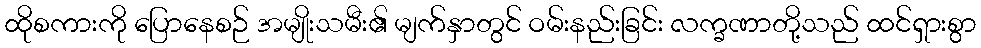
ထိုစကားကို ပြောနေစဉ် အမျိုးသမီး၏ မျက်နှာတွင် ဝမ်းနည်းခြင်း လက္ခဏာတို့သည် ထင်ရှားစွာ